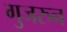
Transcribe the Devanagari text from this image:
गुजरुन